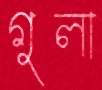
গুলা